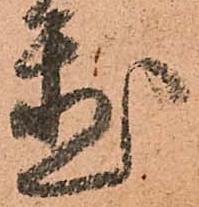
置